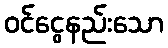
ဝင်ငွေနည်းသော